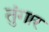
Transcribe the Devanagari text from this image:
तुंगार